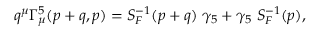
q ^ { \mu } \Gamma _ { \mu } ^ { 5 } ( p + q , p ) = S _ { F } ^ { - 1 } ( p + q ) \; \gamma _ { 5 } + \gamma _ { 5 } \; S _ { F } ^ { - 1 } ( p ) ,